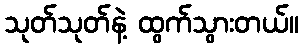
သုတ်သုတ်နဲ့ ထွက်သွားတယ်။